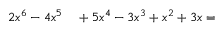
\begin{array} { r l } { 2 x ^ { 6 } - 4 x ^ { 5 } } & { { } + 5 x ^ { 4 } - 3 x ^ { 3 } + x ^ { 2 } + 3 x = } \end{array}